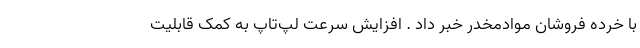
با خرده فروشان موادمخدر خبر داد . افزایش سرعت لپ‌تاپ به کمک قابلیت